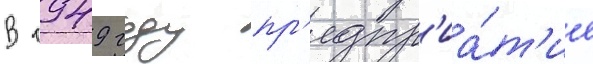
В 1949 году пр'едпр'иа́т'ие